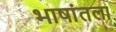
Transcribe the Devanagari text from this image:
भाषांतला